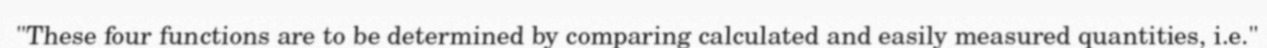
"These four functions are to be determined by comparing calculated and easily measured quantities, i.e."